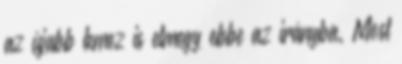
az újabb lemez is elmegy ebbe az irányba. Most